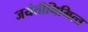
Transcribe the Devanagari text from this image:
जयंतीनिमित्‍त